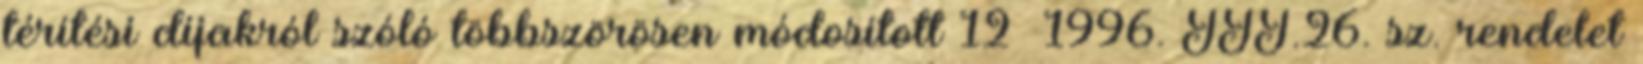
térítési díjakról szóló többszörösen módosított 12 1996. III.26. sz. rendelet